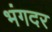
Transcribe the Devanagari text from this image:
भंगदर